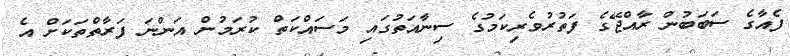
ފެއާގެ ސަބަބުން ރާއްޖޭގެ ފަތުރުވެރިކަމުގެ ސިނާއަތުގައި މަސައްކަތް ކުރަމުން އަންނަ ފަރާތްތަކަށް އެ